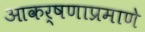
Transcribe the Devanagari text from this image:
आकर्षणाप्रमाणे